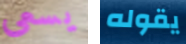
يسعى يقوله